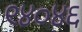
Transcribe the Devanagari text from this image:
९४०४६